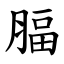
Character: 腷